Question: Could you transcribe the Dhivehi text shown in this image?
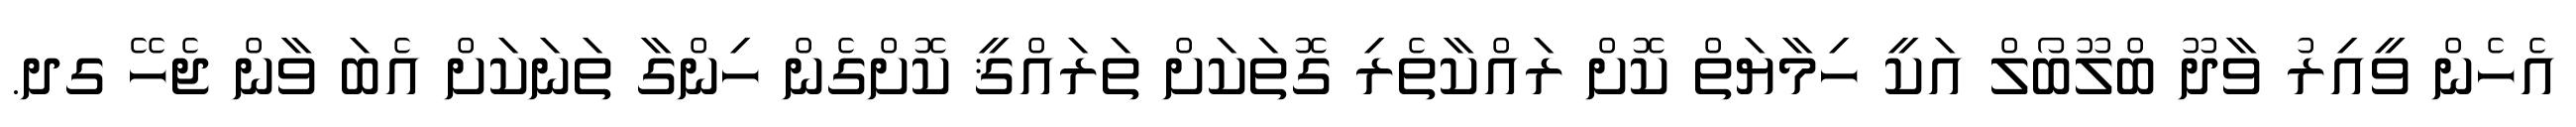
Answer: އެހެން ވީއިރު ވާދޫ ބްލޫބޯލް އަކީ ހިމާޔަތް ކޮށް ރައްކާތެރި ގޮތަކަށް ތަރައްޤީ ކޮށްގެން ހިންގާ ތަނަކަށް އެބަ ވާން ޖެހޭ ގދ.